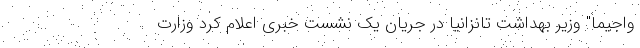
واجیما" وزیر بهداشت تانزانیا در جریان یک نشست خبری اعلام کرد وزارت